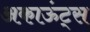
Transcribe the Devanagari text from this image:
अकाऊंट्‌स